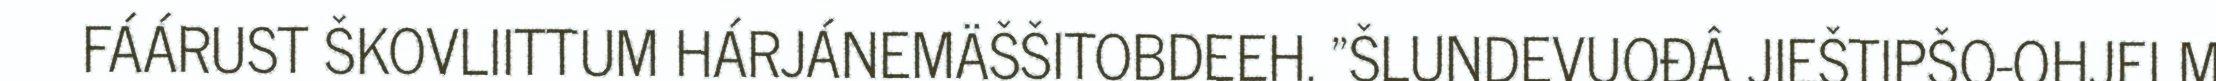
FÁÁRUST ŠKOVLIITTUM HÁRJÁNEMÄŠŠITOBDEEH. "ŠLUNDEVUOĐÂ JIEŠTIPŠO-OHJELM